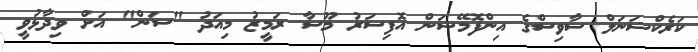
ކަރެކްޝަނަލް ސާވިސްގެ އިންފޮމޭޝަން އޮފިސަރު މޫސާ ރަމީޒު މިއަދު "ސަން" އަށް ވިދާޅުވީ